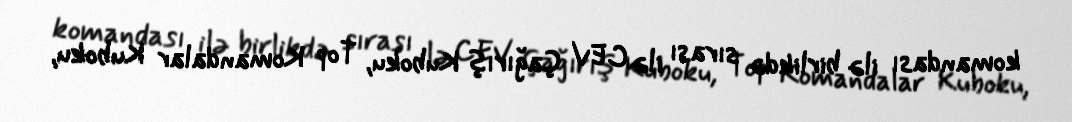
komandası ilə birlikdə sırası ilə CEV Çağırış Kuboku, Top Komandalar Kuboku,